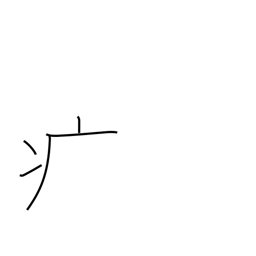
Meaning: sick radical (no. 104)